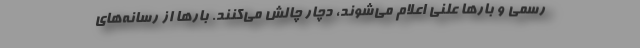
رسمی و بارها علنی اعلام می‌شوند، دچار چالش می‌کنند. بارها از رسانه‌های